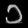
Digit: ၁